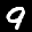
Label: 9